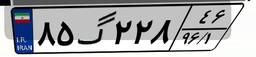
۸۵گ۲۲۸۴۶